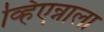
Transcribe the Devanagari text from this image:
व्हिएन्नाला